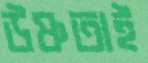
উষ্ণতাই